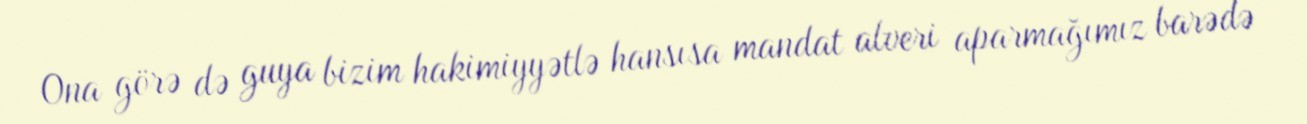
Ona görə də guya bizim hakimiyyətlə hansısa mandat alveri aparmağımız barədə